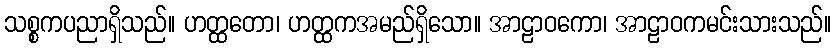
သစ္စကပညာရှိသည်။ ဟတ္ထတော၊ ဟတ္ထကအမည်ရှိသော။ အာဠာဝကော၊ အာဠာဝကမင်းသားသည်။